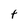
Character: t